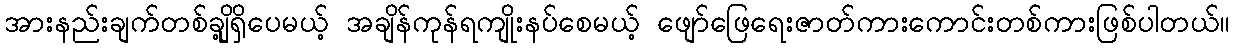
အားနည်းချက်တစ်ချို့ရှိပေမယ့် အချိန်ကုန်ရကျိုးနပ်စေမယ့် ဖျော်ဖြေရေးဇာတ်ကားကောင်းတစ်ကားဖြစ်ပါတယ်။